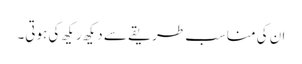
ان کی مناسب طریقے سے دیکھ ریکھ کی ہوتی۔